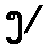
၅/